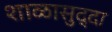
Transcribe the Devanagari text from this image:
शाळासुद्दा